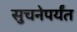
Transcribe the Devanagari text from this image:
सुचनेपर्यंत